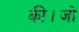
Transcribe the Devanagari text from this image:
की।जो